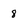
Character: 8